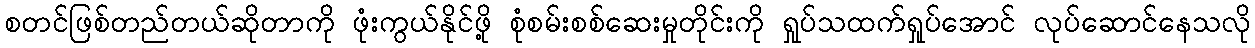
စတင်ဖြစ်တည်တယ်ဆိုတာကို ဖုံးကွယ်နိုင်ဖို့ စုံစမ်းစစ်ဆေးမှုတိုင်းကို ရှုပ်သထက်ရှုပ်အောင် လုပ်ဆောင်နေသလို